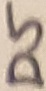
Text: D5